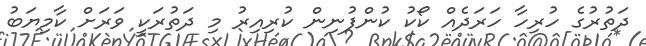
ދަތުރުގެ ހުރިހާ ހަރަދެއް ކޯކު ކުންފުނިން ކުރިއިރު މި ދަތުރަކީ ވަރަށް ކާމިޔަބު